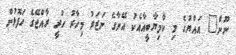
ނޫން" އައްޔުގެ މި ކާމިޔާބީއާއެކު އޭނާގެ ނަޒަރު މިހާރު ހުރީ ރާއްޖޭގެ ހަފޮޅުން